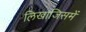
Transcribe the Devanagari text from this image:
लिखाजिसमें